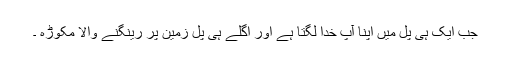
جب ایک ہی پل میں اپنا آپ خدا لگتا ہے اور اگلے ہی پل زمین پر رینگنے والا مکوڑہ ۔